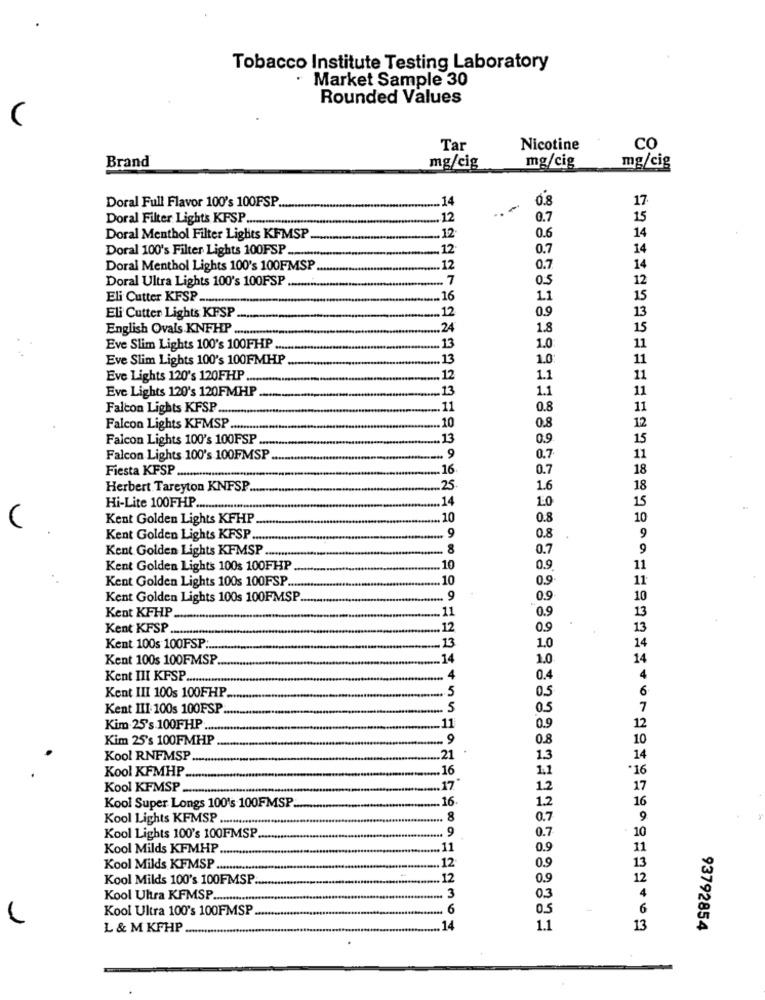
Tobacco Institute Testing Laboratory
· Market Sample 30
Rounded Values
(
Tar
Nicotine
CO
Brand
mg/cig
mg/cig
mg/cig
Doral Full Flavor 100's 100FSP.
... 14
0.8
17
...
Doral Filter Lights KFSP ........
-12
0.7
15
14
Doral Menthol Filter Lights KFMSP
.12
0.6
Doral 100's Filter Lights 100FSP -...
.12
0.7
14
Doral Menthol Lights 100's 100FMSP .
.12
0.7
14
Doral Ultra Lights 100's 100FSP ....
.... 7
0.5
12
Eli Cutter KFSP -..
16
1.1
15
Eli Cutter Lights KFSP
12
0.9
13
English Ovals KNFHP ............
24
1.8
15
11
Eve Slim Lights 100's 100FHP ....
13
1.0
Eve Slim Lights 100's 100FMHP
13
1.0
11
Eve Lights 120's 120FHP ....
12
1.1
11
Eve Lights 120's 120FMHP.
13
1.1
11
Falcon Lights KFSP.
11
0.8
11
10
Falcon Lights KFMSP .........
0.8
12
Falcon Lights 100's 100FSP ....
13
0.9
15
Falcon Lights 100's 100FMSP
... 9
0.7
11
Fiesta KFSP ......
16
0.7
18
Herbert Tareyton KNFSP.
25
1.6
18
.14
15
Hi-Lite 100FHP ..........
1.0
(
Kent Golden Lights KFHP
10
0.8
10
Kent Golden Lights KFSP ...
9
0.8
.
9
Kent Golden Lights KFMSP
8
0.7
9
Kent Golden Lights 100s 100FHP
10
0.9.
11
Kent Golden Lights 100s 100FSP ...
10
0.9
11
Kent Golden Lights 100s 100FMSP
9
0.9
10
11
13
Kent KFHP
0.9
Kent KFSP ..
12
0.9
13
13
14
Kent 100s 100FSP .....
1.0
Kent 100s 100FMSP
14
1.0
14
Kent III KFSP ....
4
0.4
4
Kent III 100s 100FHP
5
0.5
6
Kent III: 100s 100FSP.
5
0.5
7
Kim 25's 100FHP ..
11
0.9
12
Kim 25's 100FMHP
9
0.8
10
Kool RNFMSP
.21
1.3
Kool KFMHP
16
11
Kool KFMSP
17
1.2
16
Kool Super Longs 100's 100FMSP
1.2
Kool Lights KFMSP ...............
8
0.7
9
Kool Lights 100's 100FMSP
0.7
Kool Milds KFMHP ...
11
Kool Milds KFMSP .............
12
Kool Milds 100's 100FMSP
.12
Kool Ultra KFMSP .....
3
Kool Ultra 100's 100FMSP
6
05
L & M KFHP ..
.. 14
1.1
13
93792854